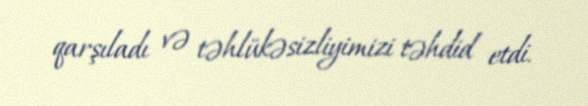
qarşıladı və təhlükəsizliyimizi təhdid etdi.